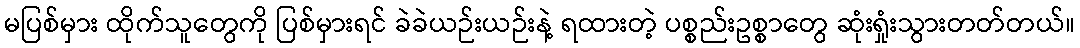
မပြစ်မှား ထိုက်သူတွေကို ပြစ်မှားရင် ခဲခဲယဉ်းယဉ်းနဲ့ ရထားတဲ့ ပစ္စည်းဥစ္စာတွေ ဆုံးရှုံးသွားတတ်တယ်။